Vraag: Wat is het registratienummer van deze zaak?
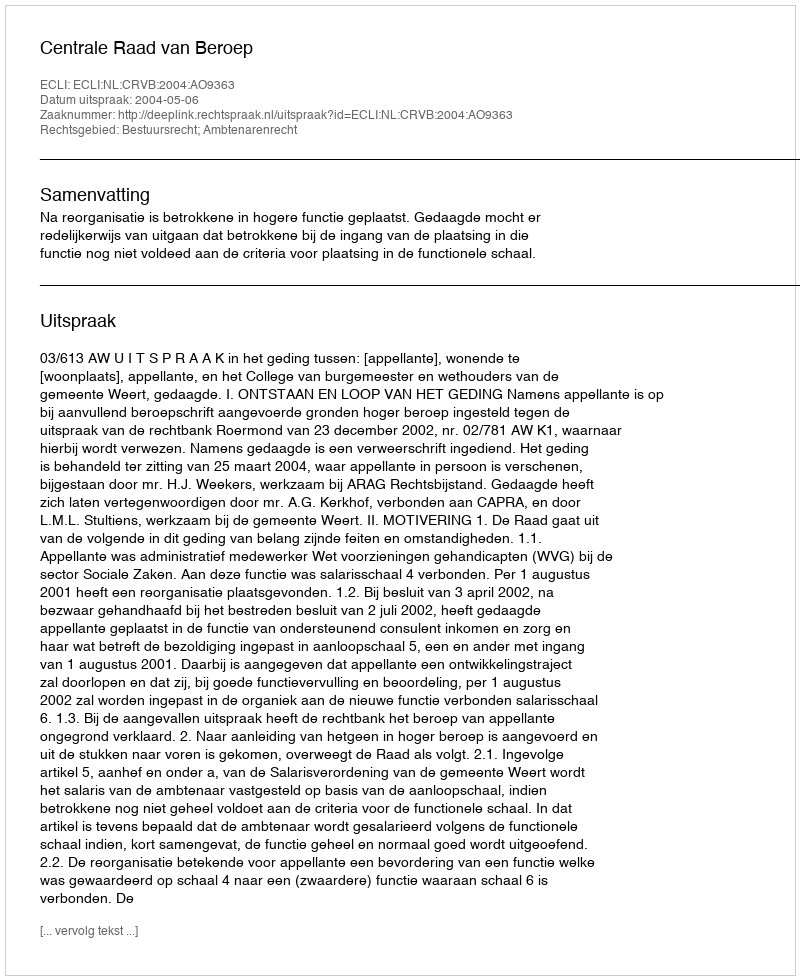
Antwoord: http://deeplink.rechtspraak.nl/uitspraak?id=ECLI:NL:CRVB:2004:AO9363